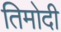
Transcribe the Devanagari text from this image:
तिमोदी